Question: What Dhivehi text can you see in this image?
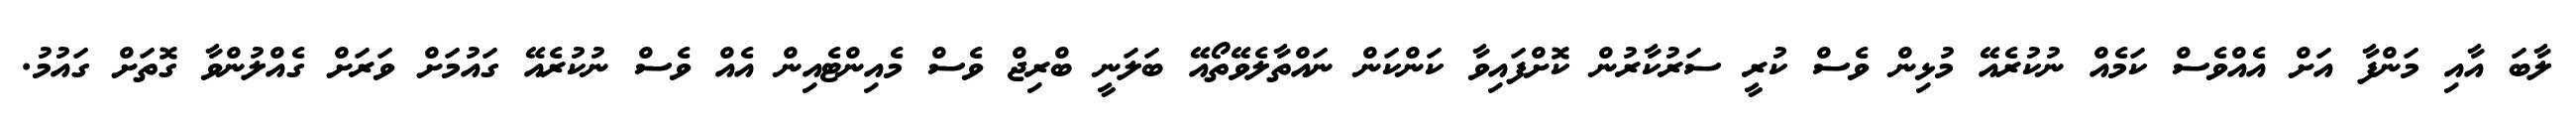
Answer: ލާބަ އާއި މަންފާ އަށް އެއްވެސް ކަމެއް ނުކުރެއޭ މުޅިން ވެސް ކުރީ ސަރުކާރުން ކޮށްފައިވާ ކަންކަން ނައްތާލެވޭތޯއޭ ބަލަނީ ބްރިޖް ވެސް މެއިންޓެއިން އެއް ވެސް ނުކުރެއޭ ގައުމަށް ވަރަށް ގެއްލުންވާ ގޮތަށް ގައުމު.